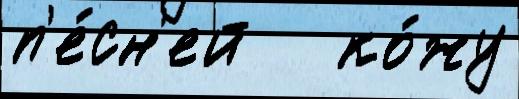
п'е́сн'ей   ко́жу